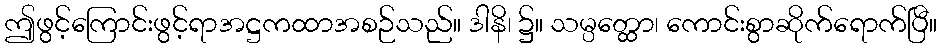
ဤဖွင့်ကြောင်းဖွင့်ရာအဋ္ဌကထာအစဉ်သည်။ ဒါနိ၊ ၌။ သမ္ပတ္ထော၊ ကောင်းစွာဆိုက်ရောက်ပြီ။